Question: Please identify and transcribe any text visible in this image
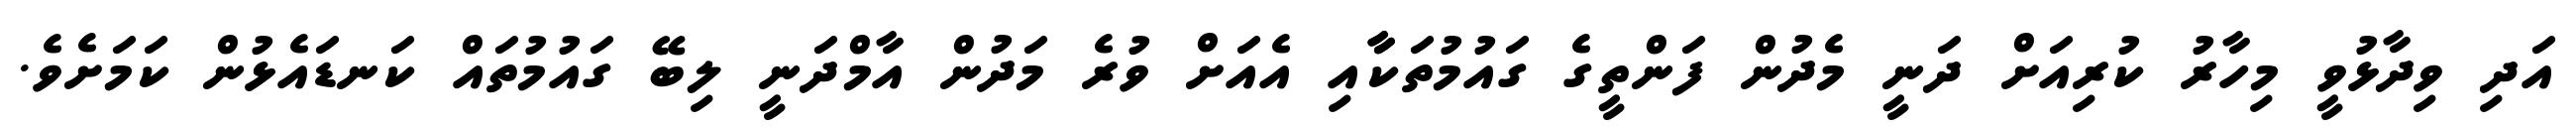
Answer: އަދި ވިދާޅުވީ މިހާރު ކުރިއަށް ދަނީ މެދުން ފަންތީގެ ގައުމުތަކާާއި އެއަށް ވުރެ މަދުން އާމްދަނީ ލިބޭ ގައުމުތައް ކަނޑައެޅުން ކަމަށެވެ.